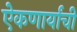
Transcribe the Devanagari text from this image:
ऐकणार्यांची